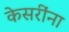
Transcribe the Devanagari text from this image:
केसरींना